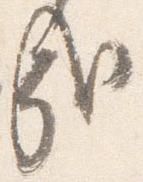
哉